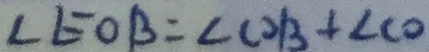
\angle E O B = \angle C D B + \angle C O